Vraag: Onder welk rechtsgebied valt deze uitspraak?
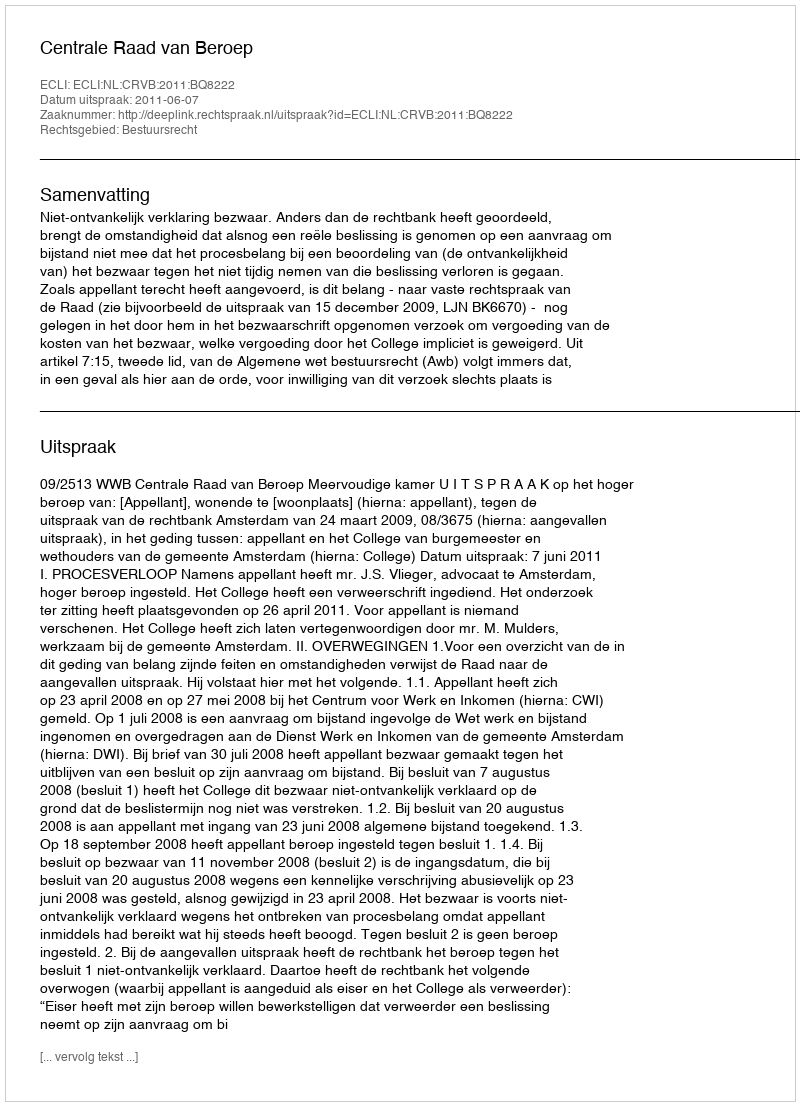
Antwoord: Bestuursrecht